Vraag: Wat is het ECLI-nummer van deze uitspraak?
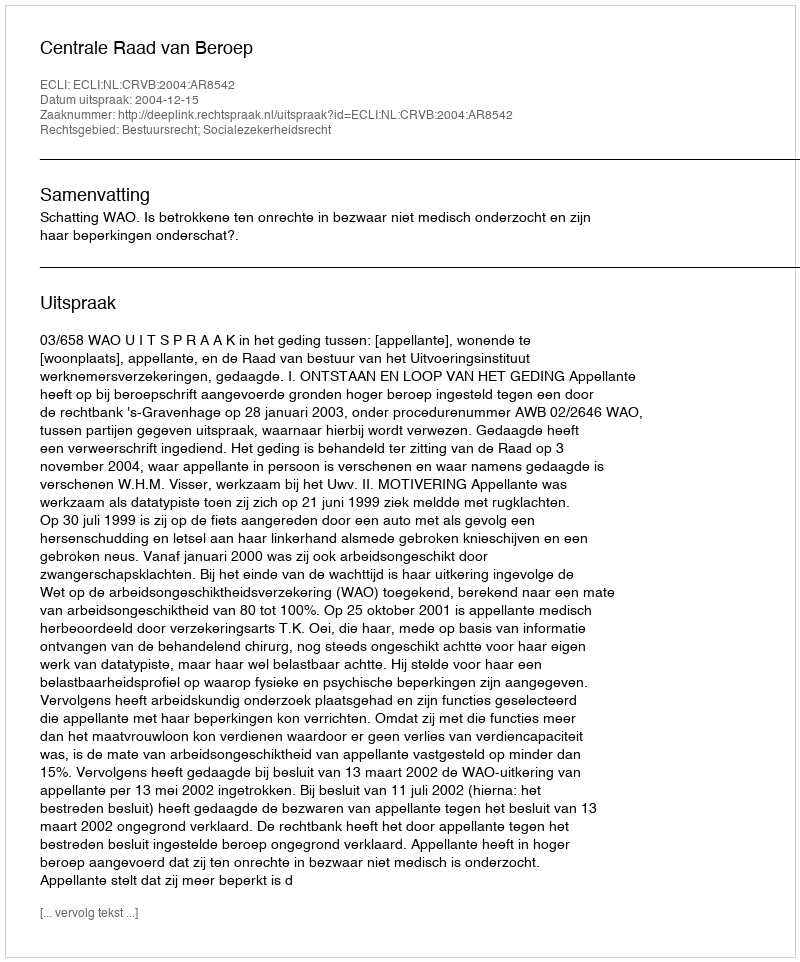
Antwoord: ECLI:NL:CRVB:2004:AR8542